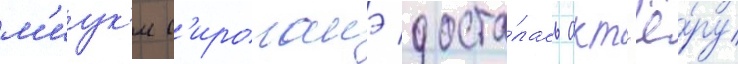
м'иук'и с'ироганэ доста́лась акт'ё́ру